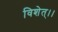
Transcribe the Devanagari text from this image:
विशेत्।।